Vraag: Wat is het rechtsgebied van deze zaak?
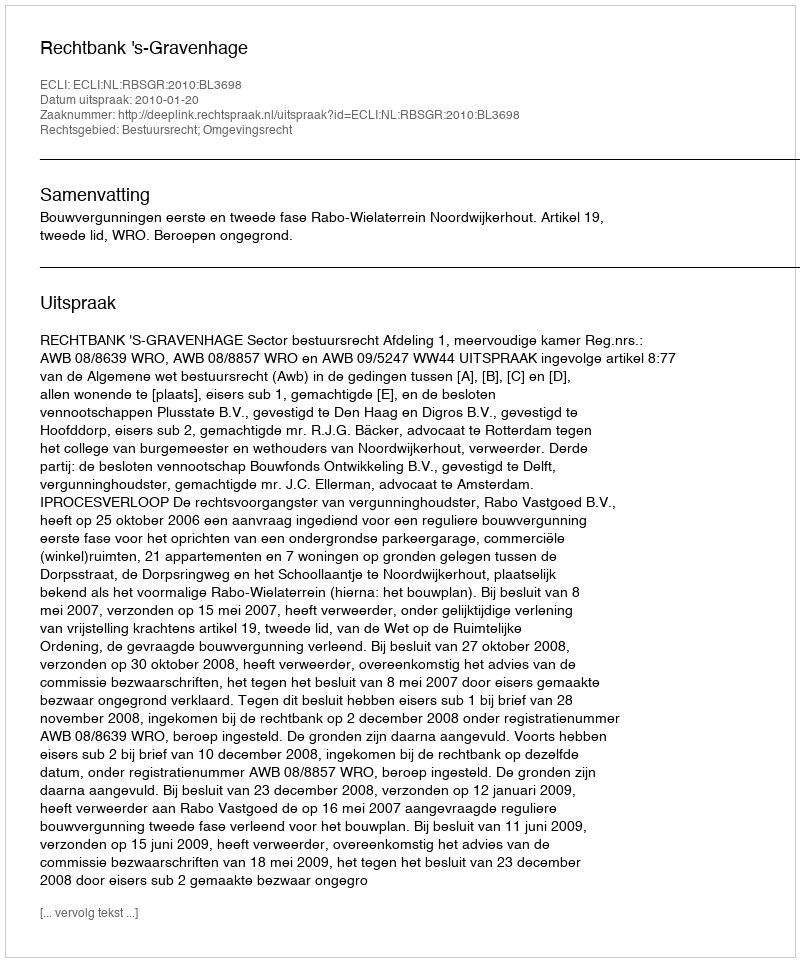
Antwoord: Bestuursrecht; Omgevingsrecht